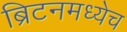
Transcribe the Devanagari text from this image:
ब्रिटनमध्येच